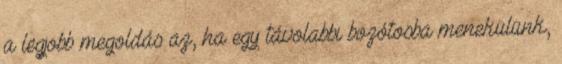
a legjobb megoldás az, ha egy távolabbi bozótosba menekülünk,